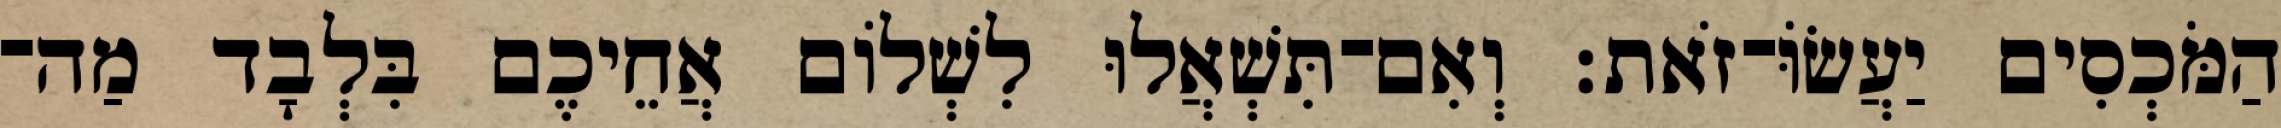
הַמֹּכְסִים יַעֲשׂוֹּ־זֹאת׃ וְאִם־תִּשְׁאֲלוּ לִשְׁלוֹם אֲחֵיכֶם בִּלְבָד מַה־